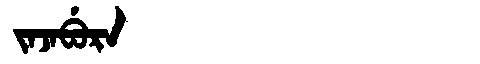
Manchu: ᠵᠠᠵᠠᠪᡠᡵᠠ
Romanization: JAJABURA